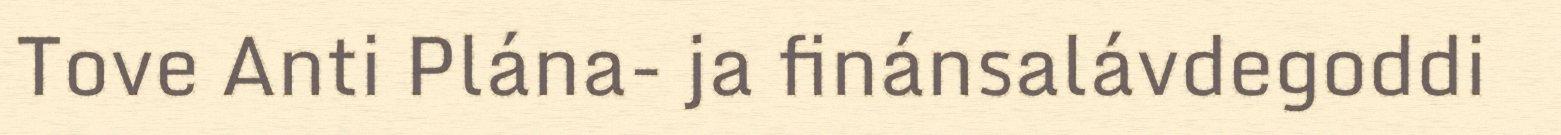
Tove Anti Plána- ja finánsalávdegoddi